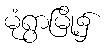
မုံရွာမြို့၌